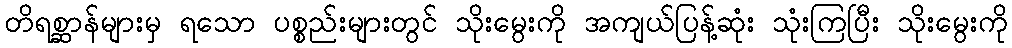
တိရစ္ဆာန်များမှ ရသော ပစ္စည်းများတွင် သိုးမွေးကို အကျယ်ပြန့်ဆုံး သုံးကြပြီး သိုးမွေးကို